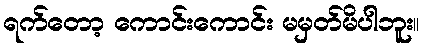
ရက်တော့ ကောင်းကောင်း မမှတ်မိပါဘူး။